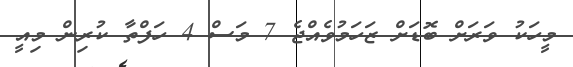
މީހަކު ވަރަށް ބޮޑަށް ޒަހަމުވެއްޖެ 7 މަސް 4 ހަފްތާ ކުރިން މިއީ